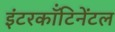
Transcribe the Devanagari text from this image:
इंटरकॉंटिनेंटल